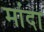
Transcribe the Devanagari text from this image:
मांदा